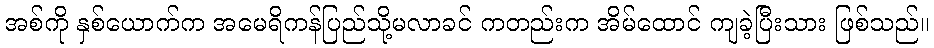
အစ်ကို နှစ်ယောက်က အမေရိကန်ပြည်သို့မလာခင် ကတည်းက အိမ်ထောင် ကျခဲ့ပြီးသား ဖြစ်သည်။